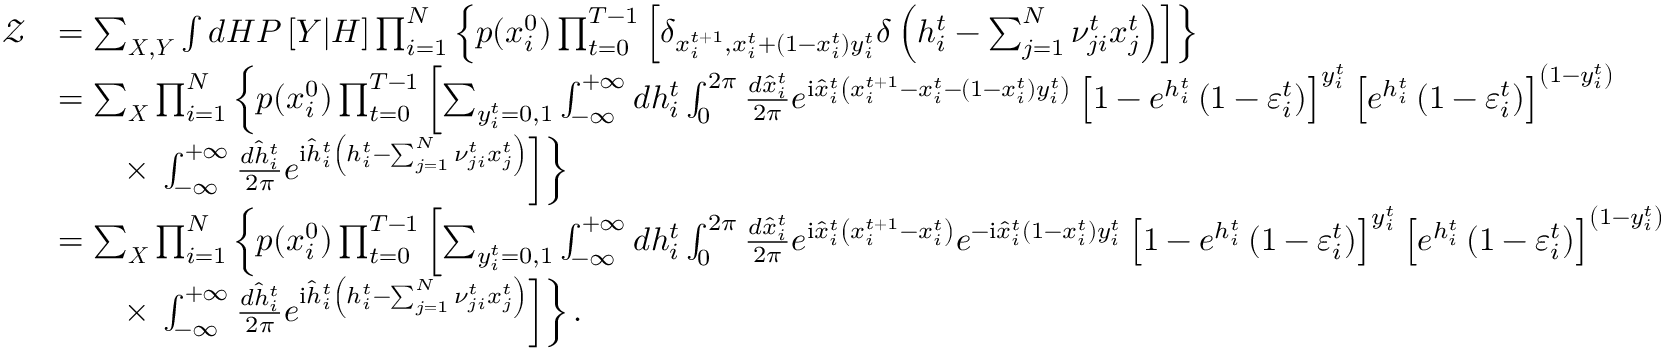
\begin{array} { r l } { \mathcal { Z } } & { = \sum _ { \boldsymbol { X } , \boldsymbol { Y } } \int d \boldsymbol { H } P \left[ \boldsymbol { Y } | \boldsymbol { H } \right] \prod _ { i = 1 } ^ { N } \left\{ p ( x _ { i } ^ { 0 } ) \prod _ { t = 0 } ^ { T - 1 } \left[ \delta _ { x _ { i } ^ { t + 1 } , x _ { i } ^ { t } + ( 1 - x _ { i } ^ { t } ) y _ { i } ^ { t } } \delta \left( h _ { i } ^ { t } - \sum _ { j = 1 } ^ { N } \nu _ { j i } ^ { t } x _ { j } ^ { t } \right) \right] \right\} } \\ & { = \sum _ { \boldsymbol { X } } \prod _ { i = 1 } ^ { N } \left\{ p ( x _ { i } ^ { 0 } ) \prod _ { t = 0 } ^ { T - 1 } \left[ \sum _ { y _ { i } ^ { t } = 0 , 1 } \int _ { - \infty } ^ { + \infty } d h _ { i } ^ { t } \int _ { 0 } ^ { 2 \pi } \frac { d \hat { x } _ { i } ^ { t } } { 2 \pi } e ^ { \mathrm { i } \hat { x } _ { i } ^ { t } \left( x _ { i } ^ { t + 1 } - x _ { i } ^ { t } - ( 1 - x _ { i } ^ { t } ) y _ { i } ^ { t } \right) } \left[ 1 - e ^ { h _ { i } ^ { t } } \left( 1 - \varepsilon _ { i } ^ { t } \right) \right] ^ { y _ { i } ^ { t } } \left[ e ^ { h _ { i } ^ { t } } \left( 1 - \varepsilon _ { i } ^ { t } \right) \right] ^ { \left( 1 - y _ { i } ^ { t } \right) } \right. \right. } \\ & { \qquad \times \left. \left. \int _ { - \infty } ^ { + \infty } \frac { d \hat { h } _ { i } ^ { t } } { 2 \pi } e ^ { \mathrm { i } \hat { h } _ { i } ^ { t } \left( h _ { i } ^ { t } - \sum _ { j = 1 } ^ { N } \nu _ { j i } ^ { t } x _ { j } ^ { t } \right) } \right] \right\} } \\ & { = \sum _ { \boldsymbol { X } } \prod _ { i = 1 } ^ { N } \left\{ p ( x _ { i } ^ { 0 } ) \prod _ { t = 0 } ^ { T - 1 } \left[ \sum _ { y _ { i } ^ { t } = 0 , 1 } \int _ { - \infty } ^ { + \infty } d h _ { i } ^ { t } \int _ { 0 } ^ { 2 \pi } \frac { d \hat { x } _ { i } ^ { t } } { 2 \pi } e ^ { \mathrm { i } \hat { x } _ { i } ^ { t } \left( x _ { i } ^ { t + 1 } - x _ { i } ^ { t } \right) } e ^ { - \mathrm { i } \hat { x } _ { i } ^ { t } ( 1 - x _ { i } ^ { t } ) y _ { i } ^ { t } } \left[ 1 - e ^ { h _ { i } ^ { t } } \left( 1 - \varepsilon _ { i } ^ { t } \right) \right] ^ { y _ { i } ^ { t } } \left[ e ^ { h _ { i } ^ { t } } \left( 1 - \varepsilon _ { i } ^ { t } \right) \right] ^ { \left( 1 - y _ { i } ^ { t } \right) } \right. \right. } \\ & { \qquad \times \left. \left. \int _ { - \infty } ^ { + \infty } \frac { d \hat { h } _ { i } ^ { t } } { 2 \pi } e ^ { \mathrm { i } \hat { h } _ { i } ^ { t } \left( h _ { i } ^ { t } - \sum _ { j = 1 } ^ { N } \nu _ { j i } ^ { t } x _ { j } ^ { t } \right) } \right] \right\} . } \end{array}